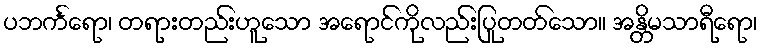
ပဘင်္ကရော၊ တရားတည်းဟူသော အရောင်ကိုလည်းပြုတတ်သော။ အန္တိမသာရီရော၊